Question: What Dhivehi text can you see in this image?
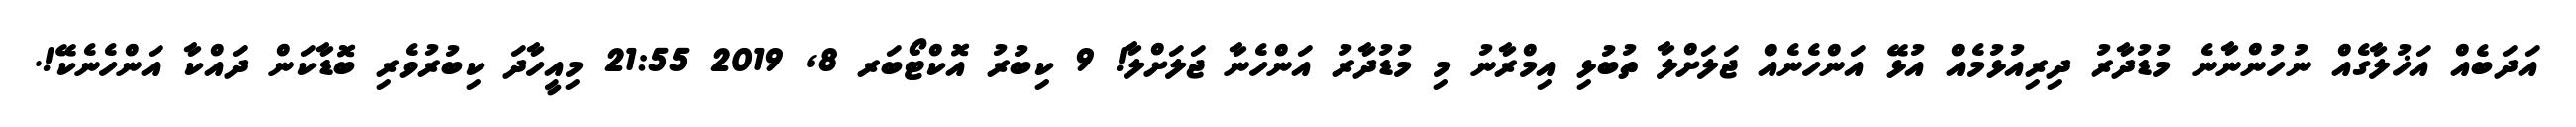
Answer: އަދަބެއް އަޚުލާގެއް ނުހުންނާނެ މުޑުދާރު ދިރިއުޅުމެއް އުޅޭ އަންހެނެއް ޖަލަށްލާ ތުބުޅި އިމްރާނު މި މުޑުދާރު އަންހެނާ ޖަލަށްލާ! 9 ކިބުރު އޮކްޓޯބަރ 8, 2019 21:55 މިއީހާދަ ކިބުރުވެރި ބޮޑާކަން ދައްކާ އަންހެނެކޭ!.